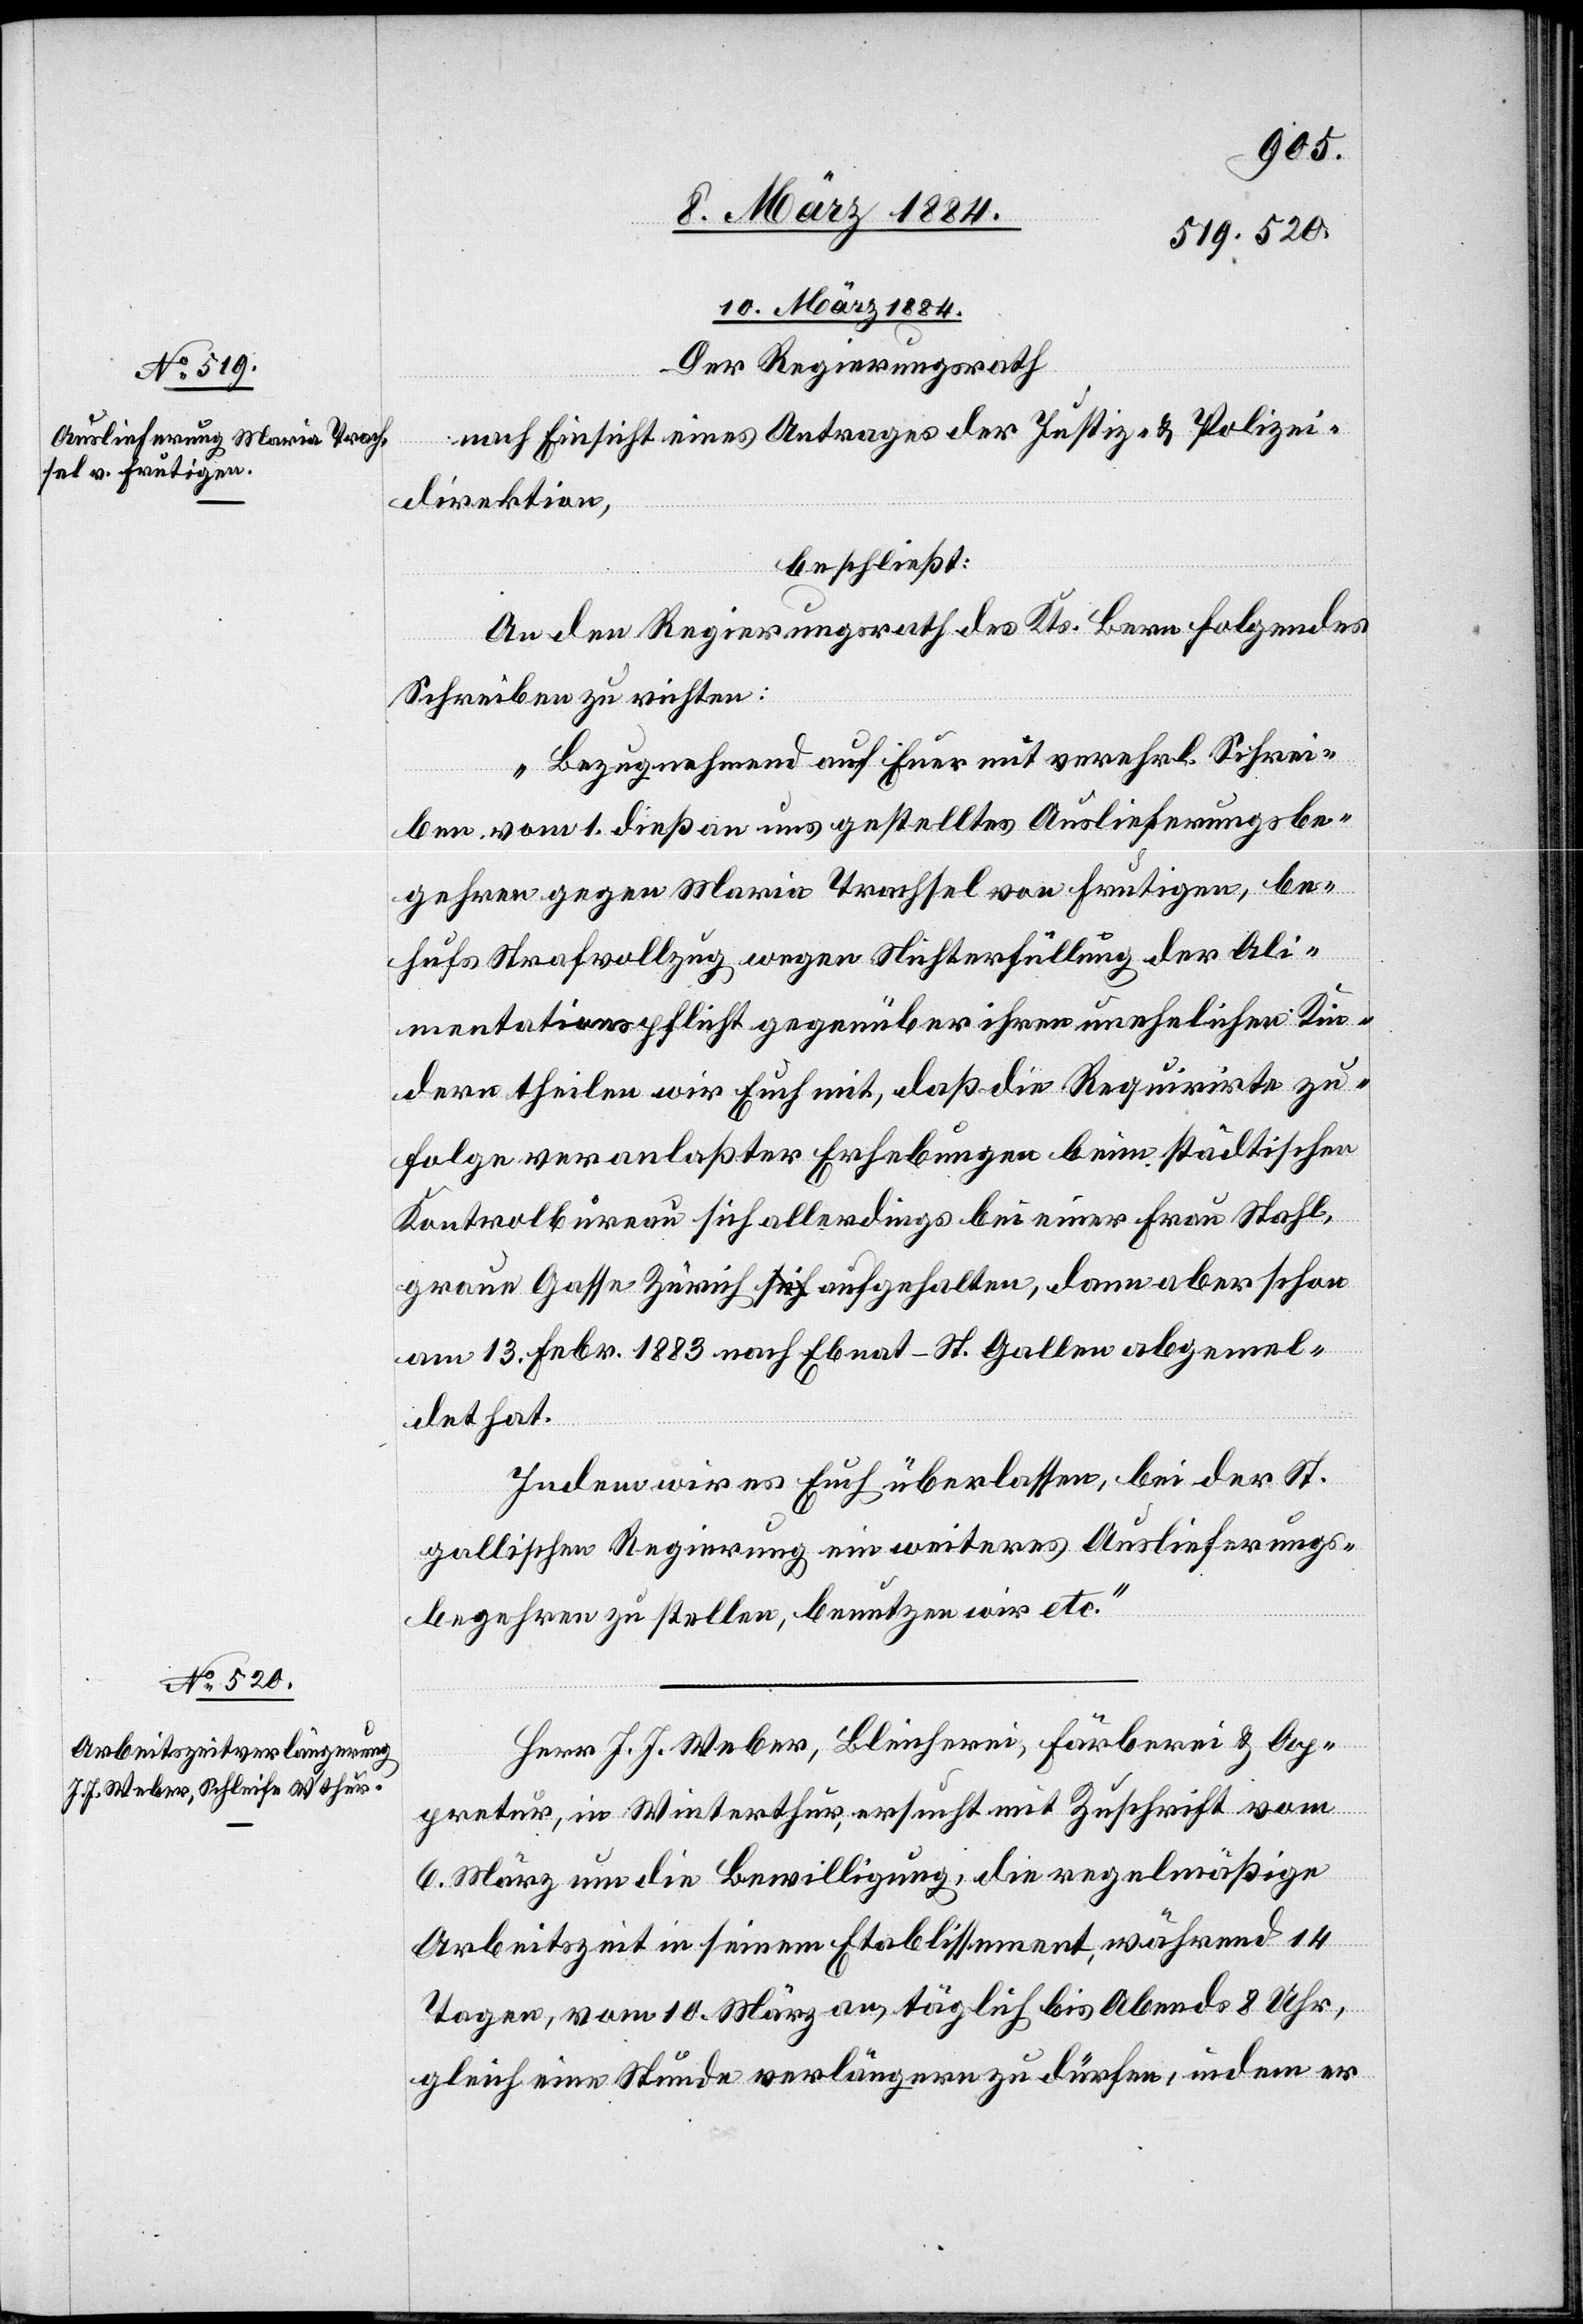
10. März 1884.]
10. März 1884.
Der Regierungsrath
nach Einsicht eines Antrages der Justiz- & Polizei¬
direktion,
beschließt:
An den Regierungsrath des Kts. Bern folgendes
Schreiben zu richten:
„Bezugnehmend auf Euer mit verehrl. Schrei¬
ben vom 1. dieß an uns gestelltes Auslieferungsbe¬
gehren gegen Maria Trachsel von Frutigen, be¬
hufs Strafvollzug, wegen Nichterfüllung der Ali¬
mentationspflicht gegenüber ihren unehelichen Kin¬
dern theilen wir Euch mit, daß die Requirirte zu¬
folge veranlaßter Erhebungen beim städtischen
Kontrolbureau sich allerdings bei einer Frau Stahl,
graue Gasse Zürich aufgehalten, dann aber schon
am 13. Febr. 1883 nach Ebnat - St. Gallen abgemel¬
det hat.
Indem wir es Euch überlassen, bei der St.
Gallischen Regierung ein weiteres Auslieferungs¬
begehren zu stellen, benutzen wir etc.“
Herr J. J. Weber, Bleicherei, Färberei & Ap¬
pretur, in Winterthur, ersucht mit Zuschrift vom
6. März um die Bewilligung, die regelmäßige
Arbeitszeit in seinem Etablissement, während 14
Tagen, vom 10. März an, täglich bis Abends 8 Uhr,
gleich eine Stunde verlängern zu dürfen, indem er